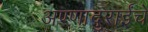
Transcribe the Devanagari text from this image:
अण्णादुराईंचे